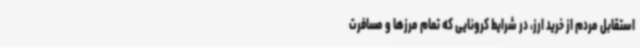
استقابل مردم از خرید ارز، در شرایط کرونایی که تمام مرزها و مسافرت